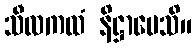
သီလကထံ နိဋ္ဌာပေသိ။